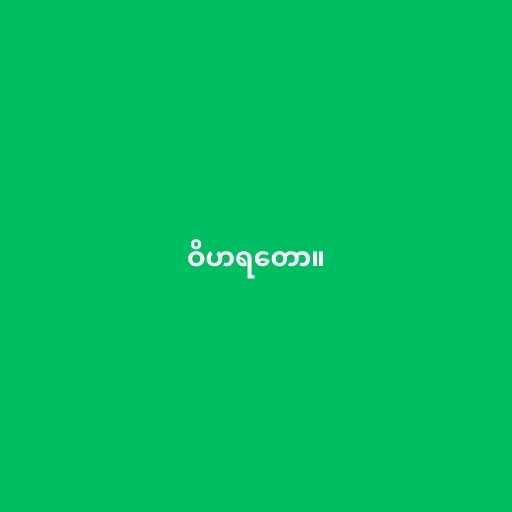
ဝိဟရတော။